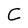
Character: C